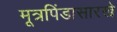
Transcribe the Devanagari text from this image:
मूत्रपिंडासारखे